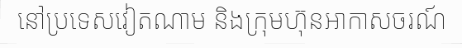
នៅប្រទេសវៀតណាម និងក្រុមហ៊ុនអាកាសចរណ៍